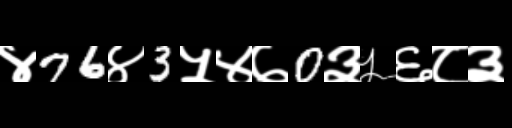
Text: ४76४3५४७0३५६८३